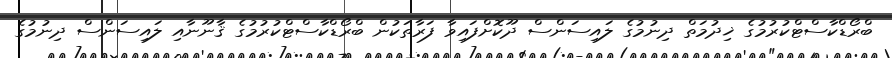
ބްރޯޑްކާސްޓްކުރުމުގެ ޚިދުމަތް ދިނުމުގެ ލައިސަންސް ދޫކޮށްފައިވާ ފަރާތަކުން ބްރޯޑްކާސްޓްކުރުމުގެ ޤާނޫނާއި ލައިސަންސް ދިނުމުގެ